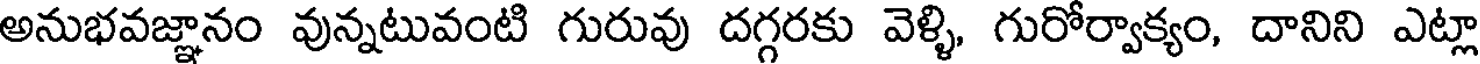
అనుభవజ్ఞానం వున్నటువంటి గురువు దగ్గరకు వెళ్ళి, గురోర్వాక్యం, దానిని ఎట్లా